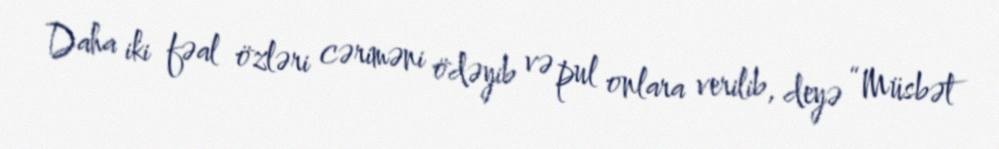
Daha iki fəal özləri cəriməni ödəyib və pul onlara verilib, deyə “Müsbət